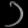
Digit: ၁